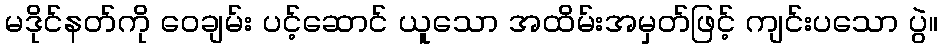
မဒိုင်နတ်ကို ဝေချမ်း ပင့်ဆောင် ယူသော အထိမ်းအမှတ်ဖြင့် ကျင်းပသော ပွဲ။